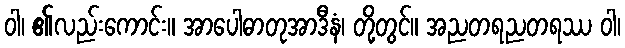
ဝါ၊ ၏လည်းကောင်း။ အာပေါဓာတုအာဒီနံ၊ တို့တွင်။ အညတရညတရဿ ဝါ၊